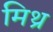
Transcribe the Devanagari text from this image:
मिथ्र